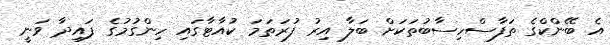
އެ ބޭންކްގެ ތަފާސްހިސާބުތަކަށް ބަލާ އިރު ފުރަތަމަ ކުއާޓާގައި ހިންގުމުގެ ފައިދާ ވަނީ